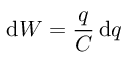
\mathrm { d } W = { \frac { q } { C } } \, \mathrm { d } q